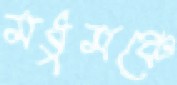
মধুমঞ্চে